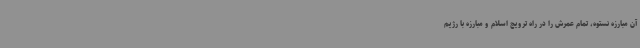
آن مبارزه نستوه، تمام عمرش را در راه ترویج اسلام و مبارزه با رژیم